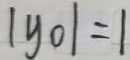
\vert y _ { 0 } \vert = 1